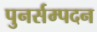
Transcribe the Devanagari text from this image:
पुनर्सम्पदन